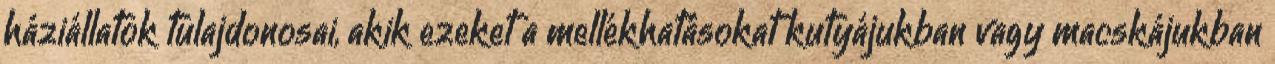
háziállatok tulajdonosai, akik ezeket a mellékhatásokat kutyájukban vagy macskájukban